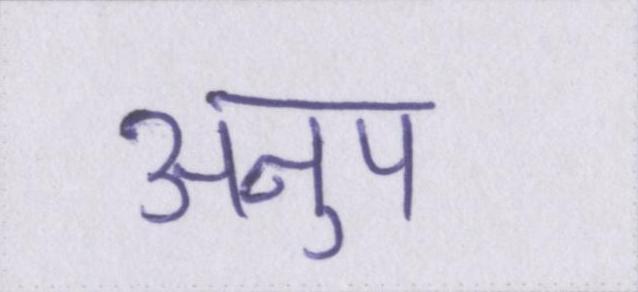
अनुप